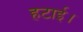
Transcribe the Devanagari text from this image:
हटाई।